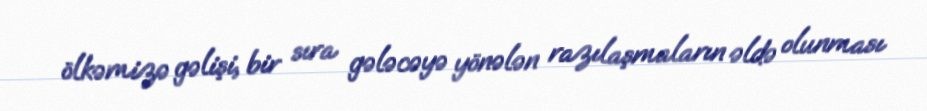
ölkəmizə gəlişi, bir sıra gələcəyə yönələn razılaşmaların əldə olunması